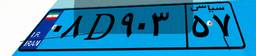
۰۸D۹۰۳۵۷